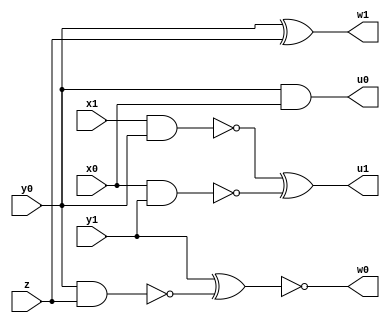
module top ( x0 , x1 , y0 , y1 , z , u0 , u1 , w0 , w1 ) ;
    input x0 , x1 , y0 , y1 , z ;
    output u0 , u1 , w0 , w1 ;
    wire n1 , n2 , n3 ;
    nand g1 ( n1 , x1 , y0 ) ;
    nand g2 ( n2 , x0 , y1 ) ;
    nand g3 ( n3 , y0 , z ) ;
    and g4 ( u0 , y0 , x0 ) ;
    xor g5 ( u1 , n1 , n2 ) ;
    xnor g6 ( w0 , y1 , n3 ) ;
    xor g7 ( w1 , y0 , z ) ;
endmodule